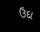
ઉદા